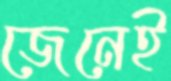
জেনেই